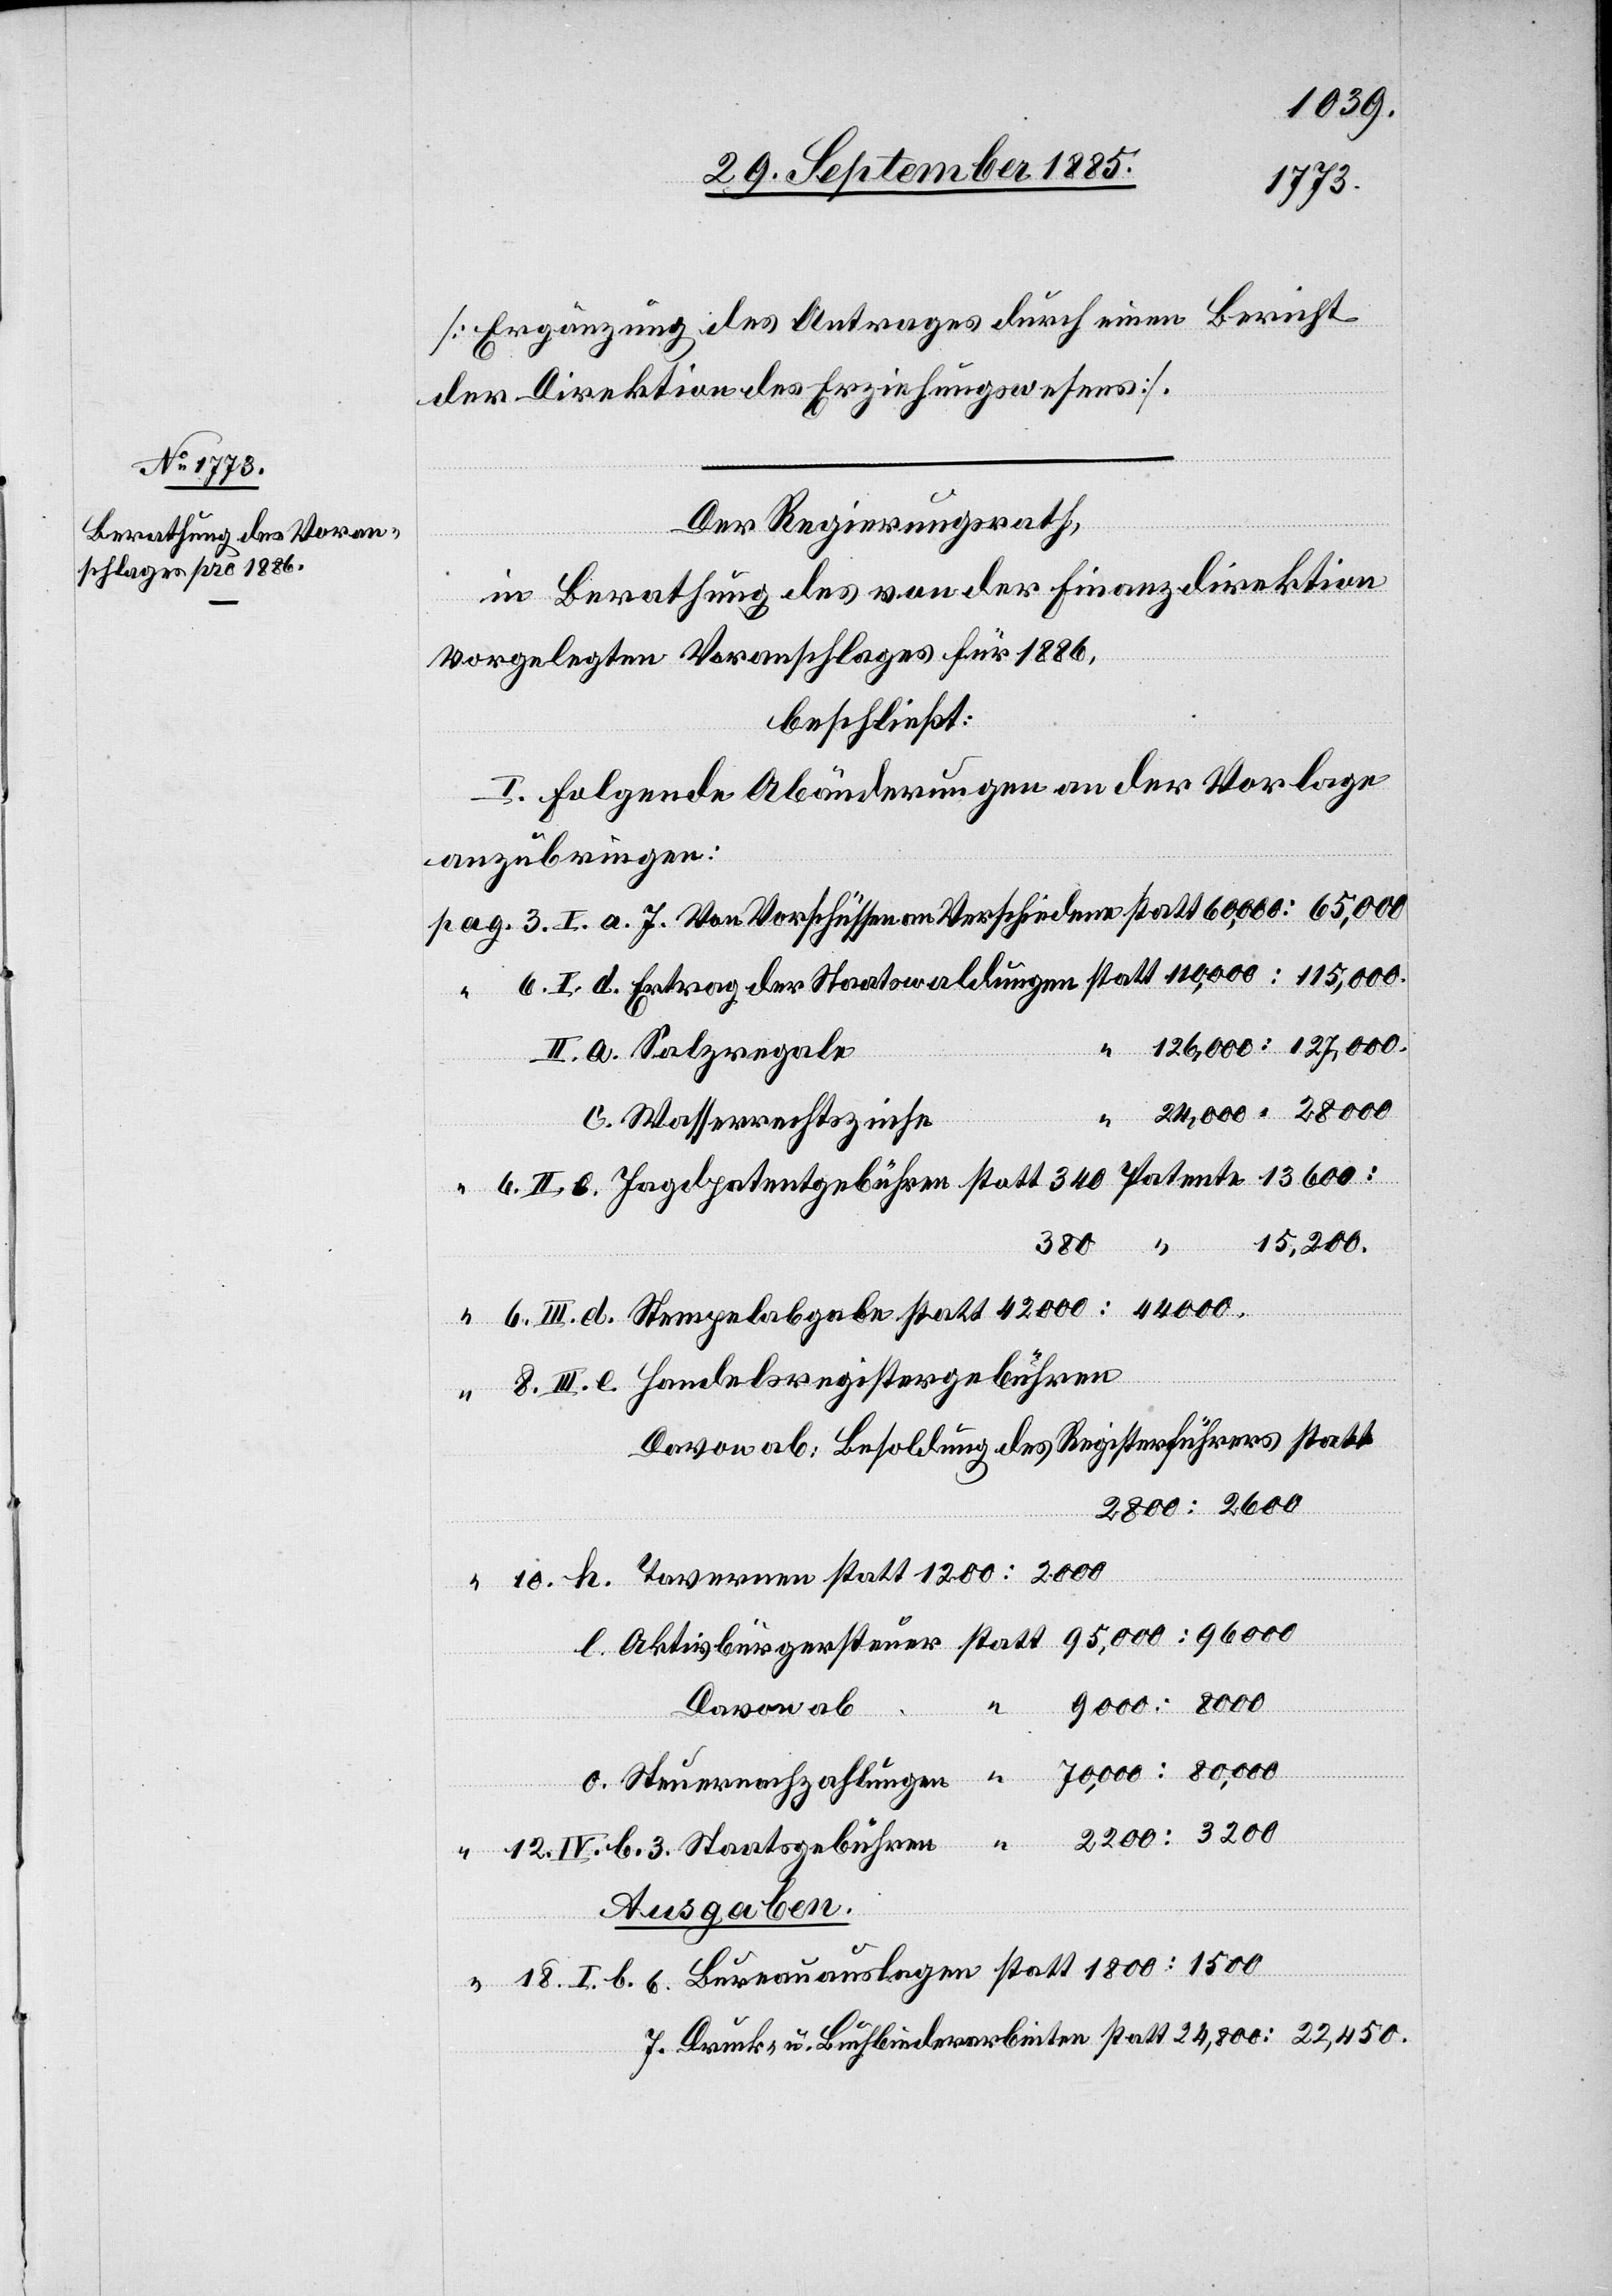
[Ergänzung des Antrages durch einen Bericht
der Direktion des Erziehungswesens].
Der Regierungsrath,
in Berathung des von der Finanzdirektion
vorgelegten Voranschlages für 1886,
beschließt:
I. Folgende Abänderungen an der Vorlage
anzubringen:
42,000:44,000.
6.
II. a. Salzregale
70,000:80,000.
12.
c. Wasserrechtszinse
380
2200:3200.
d.
III. e. Handelsregistergebühren
Davon ab: Besoldung des Registerführers
2800:2600.
u.
9000:8000.
I.
Davon ab
Steuerzahlungen
Ausgaben.